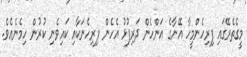
މީގެތެރޭގައި ފިރިހެންމީހާ އޭނާގެ އަންހެން ދަރިފުޅު އެހެން ފިރިހެނަކާއި ކައިވެނި ކުރުން ހިމެނެއެވެ.